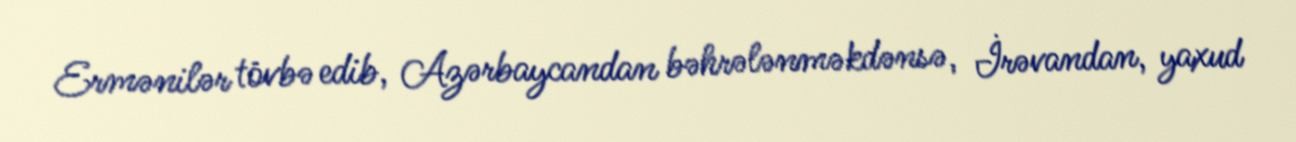
Ermənilər tövbə edib, Azərbaycandan bəhrələnməkdənsə, İrəvandan, yaxud